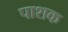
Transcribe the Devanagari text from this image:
पाशक